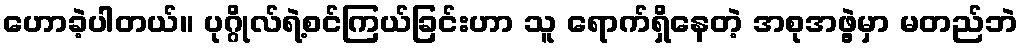
ဟောခဲ့ပါတယ်။ ပုဂ္ဂိုလ်ရဲ့စင်ကြယ်ခြင်းဟာ သူ ရောက်ရှိနေတဲ့ အစုအဖွဲ့မှာ မတည်ဘဲ